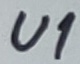
Text: U1